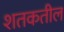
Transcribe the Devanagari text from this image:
शतकतील